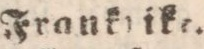
Frankrite.